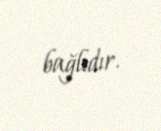
bağlıdır.